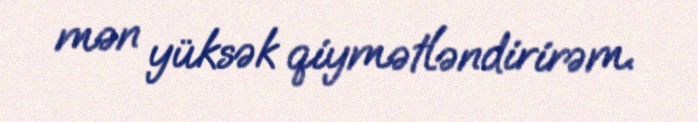
mən yüksək qiymətləndirirəm.